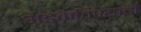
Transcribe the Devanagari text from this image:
अडकविण्याची